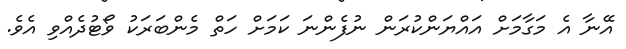
އޭނާ އެ މަގާމަށް އައްޔަންކުރަން ނުފެންނަ ކަމަށް ހަތް މެންބަރަކު ވޯޓުދެއްވި އެވެ.